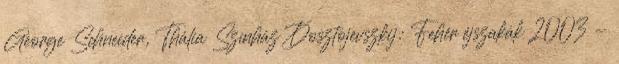
George Schneider, Thália Színház Dosztojevszkij: Fehér éjszakák 2003 -